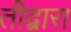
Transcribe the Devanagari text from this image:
तीद्वारा